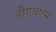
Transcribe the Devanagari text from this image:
डीएचएस